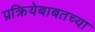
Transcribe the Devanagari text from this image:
प्रक्रियेबाबतच्या